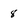
Character: 8